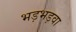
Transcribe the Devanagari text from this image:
भड़भड़वा